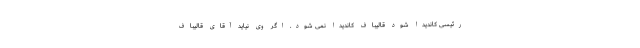
رئیسی کاندیدا شود قالیباف کاندیدا نمی شود. اگر وی نیاید آقای قالیباف